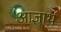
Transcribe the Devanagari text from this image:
आज्ञार्थ